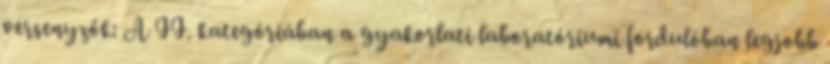
versenyzők: A II. kategóriában a gyakorlati laboratóriumi fordulóban legjobb